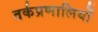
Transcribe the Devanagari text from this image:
तर्कप्रणालियों